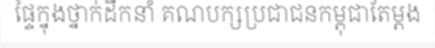
ផ្ទៃក្នុងថ្នាក់ដឹកនាំ គណបក្សប្រជាជនកម្ពុជាតែម្តង